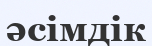
әсімдік